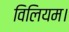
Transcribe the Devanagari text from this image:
विलियम।